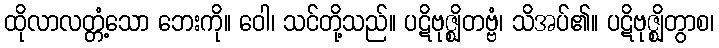
ထိုလာလတ္တံ့သော ဘေးကို။ ဝေါ၊ သင်တို့သည်။ ပဋိဗုဇ္ဈိတဗ္ဗံ၊ သိအပ်၏။ ပဋိဗုဇ္ဈိတွာစ၊